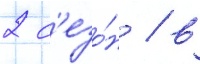
2 с'езо́н / в